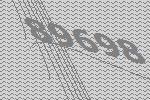
89698